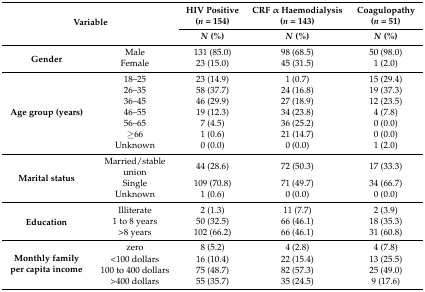
<table><thead><tr><td rowspan="2" colspan="2"><b>Variable</b></td><td><b>HIV Positive (<i>n</i> = 154)</b></td><td><b>CRF α Haemodialysis (<i>n</i> = 143)</b></td><td><b>Coagulopathy (<i>n</i> = 51)</b></td></tr><tr><td><b><i>N</i> (%)</b></td><td><b><i>N</i> (%)</b></td><td><b><i>N</i> (%)</b></td></tr></thead><tbody><tr><td rowspan="2"><b>Gender</b></td><td>Male</td><td>131 (85.0)</td><td>98 (68.5)</td><td>50 (98.0)</td></tr><tr><td>Female</td><td>23 (15.0)</td><td>45 (31.5)</td><td>1 (2.0)</td></tr><tr><td rowspan="7"><b>Age group (years)</b></td><td>18–25</td><td>23 (14.9)</td><td>1 (0.7)</td><td>15 (29.4)</td></tr><tr><td>26–35</td><td>58 (37.7)</td><td>24 (16.8)</td><td>19 (37.3)</td></tr><tr><td>36–45</td><td>46 (29.9)</td><td>27 (18.9)</td><td>12 (23.5)</td></tr><tr><td>46–55</td><td>19 (12.3)</td><td>34 (23.8)</td><td>4 (7.8)</td></tr><tr><td>56–65</td><td>7 (4.5)</td><td>36 (25.2)</td><td>0 (0.0)</td></tr><tr><td>≥66 </td><td>1 (0.6)</td><td>21 (14.7)</td><td>0 (0.0)</td></tr><tr><td>Unknown</td><td>0 (0.0)</td><td>0 (0.0)</td><td>1 (2.0)</td></tr><tr><td rowspan="3"><b>Marital status</b></td><td>Married/stable union </td><td>44 (28.6)</td><td>72 (50.3)</td><td>17 (33.3)</td></tr><tr><td>Single</td><td>109 (70.8)</td><td>71 (49.7)</td><td>34 (66.7)</td></tr><tr><td>Unknown</td><td>1 (0.6)</td><td>0 (0.0)</td><td>0 (0.0)</td></tr><tr><td rowspan="3"><b>Education</b></td><td>Illiterate </td><td>2 (1.3)</td><td>11 (7.7)</td><td>2 (3.9)</td></tr><tr><td>1 to 8 years</td><td>50 (32.5)</td><td>66 (46.1)</td><td>18 (35.3)</td></tr><tr><td>&gt;8 years</td><td>102 (66.2)</td><td>66 (46.1)</td><td>31 (60.8)</td></tr><tr><td rowspan="4"><b>Monthly family per capita income</b></td><td>zero</td><td>8 (5.2)</td><td>4 (2.8)</td><td>4 (7.8)</td></tr><tr><td>&lt;100 dollars</td><td>16 (10.4)</td><td>22 (15.4)</td><td>13 (25.5)</td></tr><tr><td>100 to 400 dollars</td><td>75 (48.7)</td><td>82 (57.3)</td><td>25 (49.0)</td></tr><tr><td>&gt;400 dollars</td><td>55 (35.7)</td><td>35 (24.5)</td><td>9 (17.6)</td></tr></tbody></table>